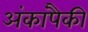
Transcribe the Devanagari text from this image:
अंकांपैकी